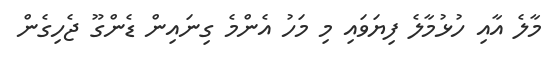
މާލެ އާއި ހުޅުމާލެ ފިޔަވައި މި މަހު އެންމެ ގިނައިން ޑެންގޫ ޖެހިގެން